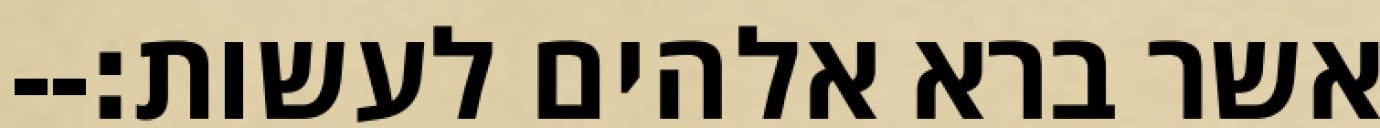
אשר ברא אלהים לעשות׃--